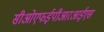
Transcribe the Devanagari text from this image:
सीओएफईपीआरआईएस